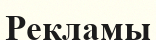
Рекламы